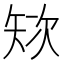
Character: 𱳞